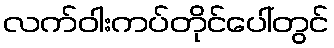
လက်ဝါးကပ်တိုင်ပေါ်တွင်